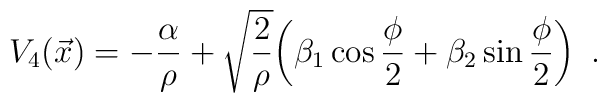
V_4(\vec x)=-{\alpha\over\rho}+\sqrt{2\over\rho}   \bigg(\beta_1\cos{\phi\over2}+\beta_2\sin{\phi\over2}\bigg)\enspace.